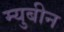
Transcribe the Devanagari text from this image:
म्युबीन